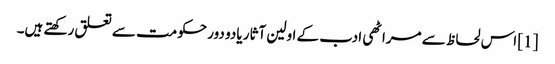
[1] اس لحاظ سے مراٹھی ادب کے اولین آثار یادو دور حکومت سے تعلق رکھتے ہیں۔